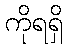
ကိုရရှိ